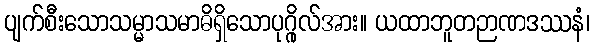
ပျက်စီးသောသမ္မာသမာဓိရှိသောပုဂ္ဂိုလ်အား။ ယထာဘူတဉာဏဒဿနံ၊